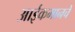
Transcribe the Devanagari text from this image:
आईकमानचे